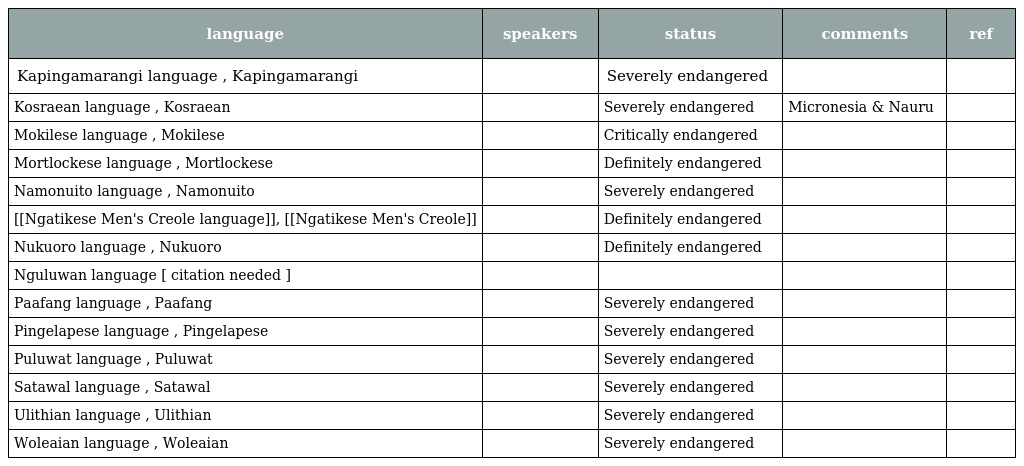
| language | speakers | status | comments | ref |
 | --- | --- | --- | --- | --- |
 | Kapingamarangi language , Kapingamarangi |  | Severely endangered |  |  |
 | Kosraean language , Kosraean |  | Severely endangered | Micronesia & Nauru |  |
 | Mokilese language , Mokilese |  | Critically endangered |  |  |
 | Mortlockese language , Mortlockese |  | Definitely endangered |  |  |
 | Namonuito language , Namonuito |  | Severely endangered |  |  |
 | [[Ngatikese Men's Creole language]], [[Ngatikese Men's Creole]] |  | Definitely endangered |  |  |
 | Nukuoro language , Nukuoro |  | Definitely endangered |  |  |
 | Nguluwan language [ citation needed ] |  |  |  |  |
 | Paafang language , Paafang |  | Severely endangered |  |  |
 | Pingelapese language , Pingelapese |  | Severely endangered |  |  |
 | Puluwat language , Puluwat |  | Severely endangered |  |  |
 | Satawal language , Satawal |  | Severely endangered |  |  |
 | Ulithian language , Ulithian |  | Severely endangered |  |  |
 | Woleaian language , Woleaian |  | Severely endangered |  |  |